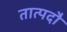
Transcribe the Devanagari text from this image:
तात्पदौ